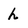
Character: h